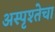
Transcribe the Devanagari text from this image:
अस्पृश्तेचा